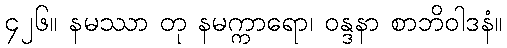
၄၂၆။ နမဿာ တု နမက္ကာရော၊ ဝန္ဒနာ စာဘိဝါဒနံ။